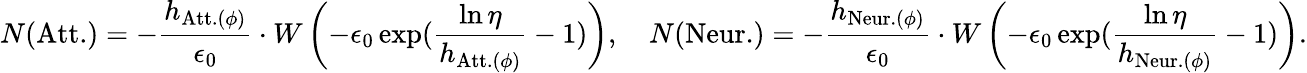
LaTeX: N(\mathrm{Att.})=-\frac{h_{\mathrm{Att.}(\phi)}}{\epsilon_{0}}\cdot W\left(-\epsilon_{0}\exp(\frac{\ln\eta}{h_{\mathrm{Att.}(\phi)}}-1)\right),\quad N(\mathrm{Neur.})=-\frac{h_{\mathrm{Neur.}(\phi)}}{\epsilon_{0}}\cdot W\left(-\epsilon_{0}\exp(\frac{\ln\eta}{h_{\mathrm{Neur.}(\phi)}}-1)\right).